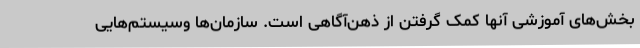
بخش‌های آموزشی آنها کمک گرفتن از ذهن‌آگاهی است. سازمان‌ها وسیستم‌هایی